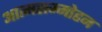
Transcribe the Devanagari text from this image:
आत्मसम्मोहन